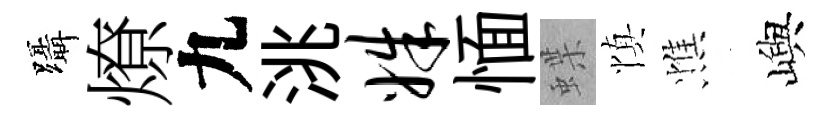
躡燎九洮姝愐蝶慎憔嶼